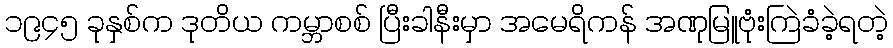
၁၉၄၅ ခုနှစ်က ဒုတိယ ကမ္ဘာစစ် ပြီးခါနီးမှာ အမေရိကန် အဏုမြူဗုံးကြဲခံခဲ့ရတဲ့